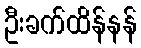
ဦးခက်ထိန်နန်